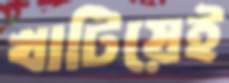
খাটিয়েই